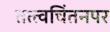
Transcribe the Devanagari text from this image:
तत्त्वचिंतनपर